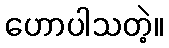
ဟောပါသတဲ့။